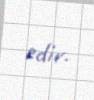
edir.